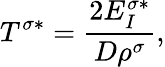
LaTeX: T^{\sigma*}=\frac{2E_{I}^{\sigma*}}{D\rho^{\sigma}},